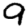
Digit: 9